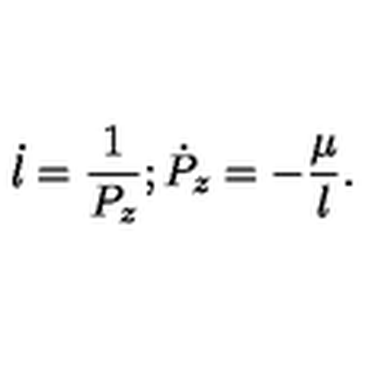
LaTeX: \dot { l } = \frac { 1 } { P _ { z } } ; \dot { P } _ { z } = - \frac \mu { l } .